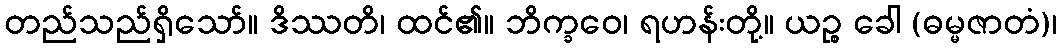
တည်သည်ရှိသော်။ ဒိဿတိ၊ ထင်၏။ ဘိက္ခဝေ၊ ရဟန်းတို့။ ယဉ္စ ခေါ (ဓမ္မဇာတံ)၊